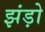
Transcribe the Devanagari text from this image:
झंड़ो